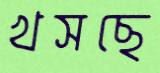
খসছে